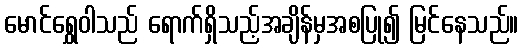
မောင်ရွှေဝါသည် ရောက်ရှိသည့်အချိန်မှအစပြု၍ မြင်နေသည်။